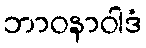
ဘာဝနာဝါဒံ